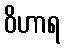
ဝိဟာရ